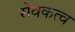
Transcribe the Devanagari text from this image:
सेवकत्व